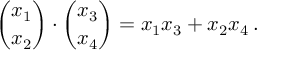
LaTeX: { \binom { x _ { 1 } } { x _ { 2 } } } \cdot { \binom { x _ { 3 } } { x _ { 4 } } } = x _ { 1 } x _ { 3 } + x _ { 2 } x _ { 4 } \, .